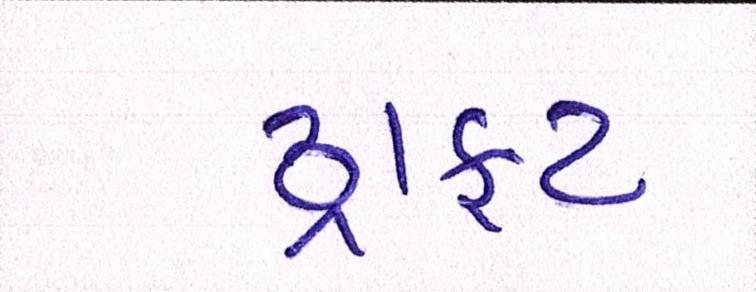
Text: ડ્રાફટ